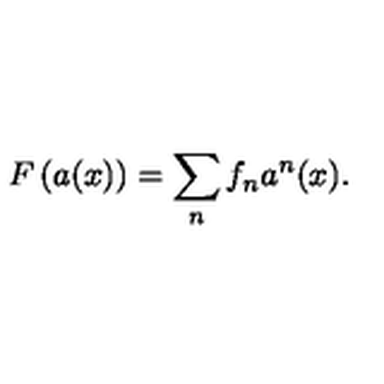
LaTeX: F \left( a ( x ) \right) = \sum _ { n } ^ { } f _ { n } a ^ { n } ( x ) .